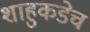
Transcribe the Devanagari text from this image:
शाहुकडेच